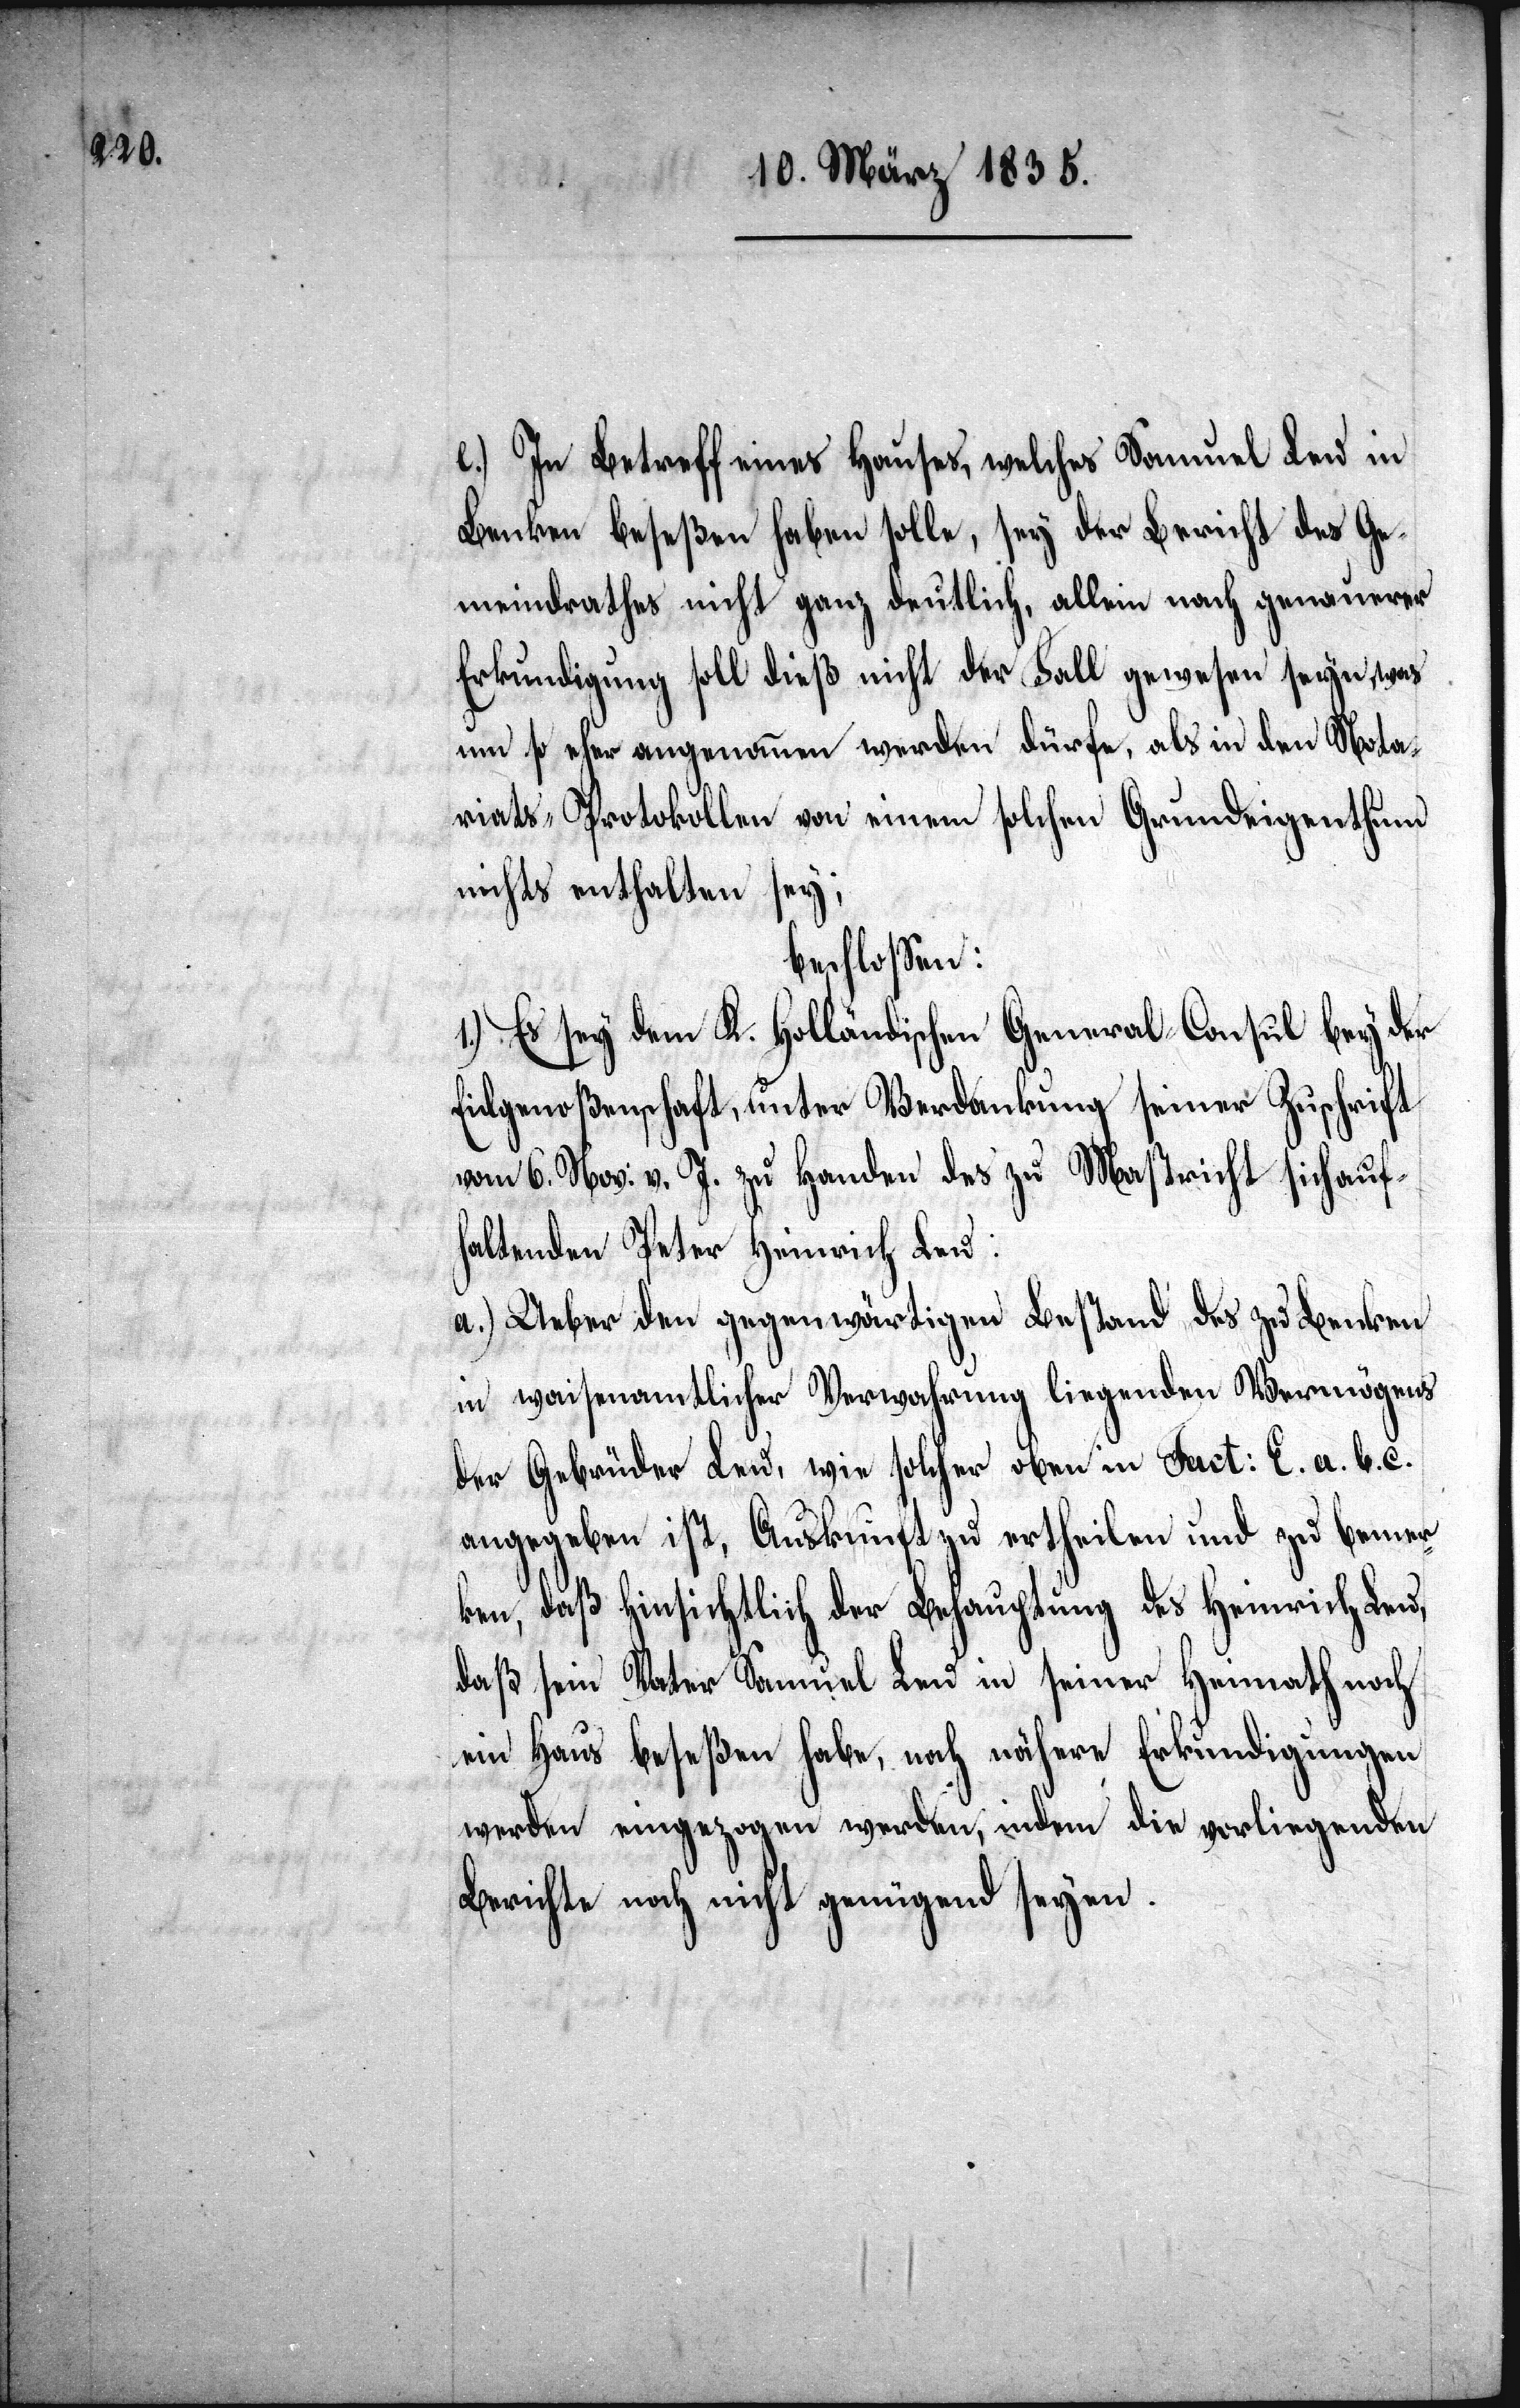
e.) In Betreff eines Hauses, welches Samuel Leu in
Benken beseßen haben solle, sey der Bericht des Ge¬
meindrathes nicht ganz deutlich, allein nach genauerer
Erkundigung soll dieß nicht der Fall gewesen seyn, was
um so eher angenommen werden dürfe, als in den Nota¬
riats-Protokollen, von einem solchen Grundeigenthum
nichts enthalten sey;
beschloßen:
1.) Es sey dem K. Holländischen General-Consul bey der
Eidgenoßenschaft, unter Verdankung seiner Zuschrift
vom 6. Nov. v. J. zu Handen des zu Mastricht sich auf¬
haltenden Peter Heinrich Leu:
a.) Ueber den gegenwärtigen Bestand des zu Benken
in waisenamtlicher Verwahrung liegenden Vermögens
der Gebrüder Leu, wie solcher oben in Fact: E. a. b. c.
angegeben ist, Auskunft zu ertheilen und zu bemer¬
ken, daß hinsichtlich der Behauptung des Heinrich Leu,
daß sein Vater Samuel Leu in seiner Heimath noch
ein Haus beseßen habe, noch nähere Erkundigungen
werden eingezogen werden, indem die vorliegenden
Berichte noch nicht genügend seyen.